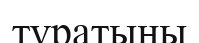
тұратыны